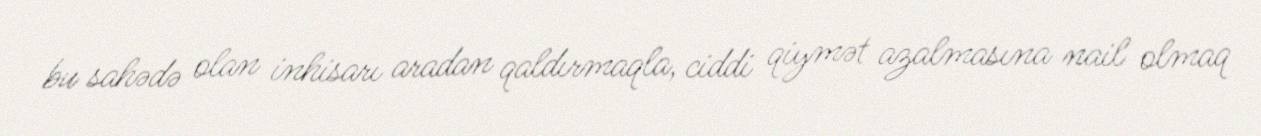
bu sahədə olan inhisarı aradan qaldırmaqla, ciddi qiymət azalmasına nail olmaq